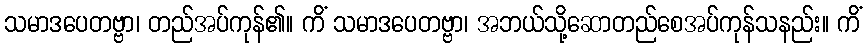
သမာဒပေတဗ္ဗာ၊ တည်အပ်ကုန်၏။ ကိံ သမာဒပေတဗ္ဗာ၊ အဘယ်သို့ဆောတည်စေအပ်ကုန်သနည်း။ ကိံ